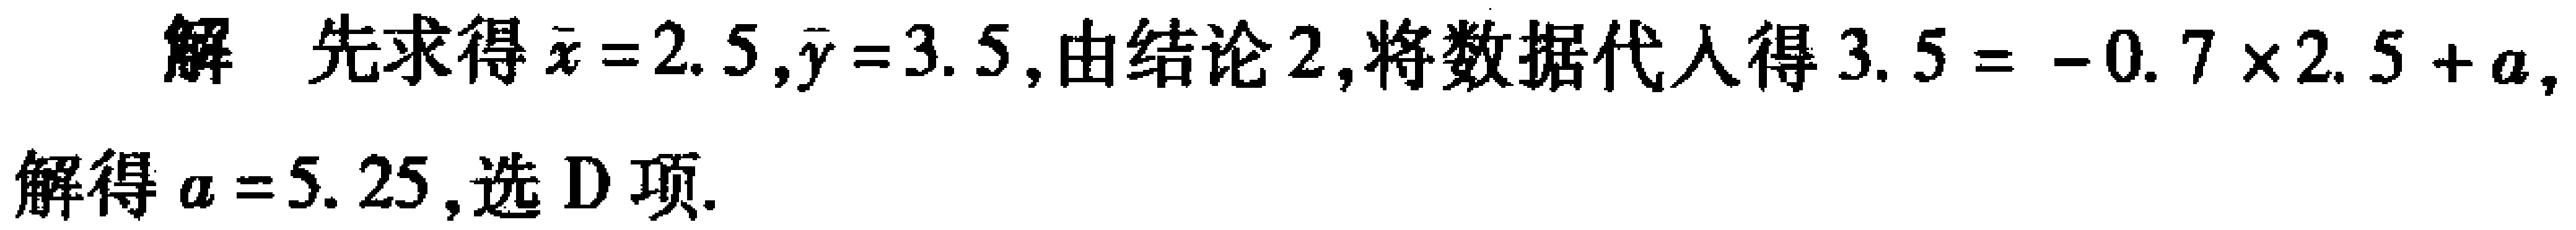
解 先求得\(\bar{x}=2.5,\bar{y}=3.5\),由结论2,将数据代入得\(3.5 = - 0.7\times2.5 + a\),

解得\(a = 5.25\),选D项.